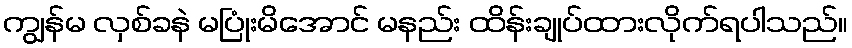
ကျွန်မ လှစ်ခနဲ မပြုံးမိအောင် မနည်း ထိန်းချုပ်ထားလိုက်ရပါသည်။